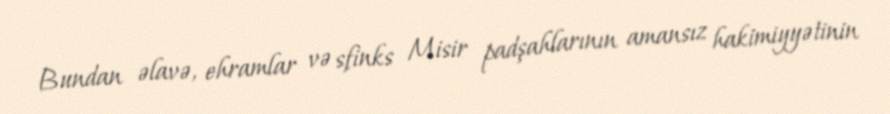
Bundan əlavə, ehramlar və sfinks Misir padşahlarının amansız hakimiyyətinin